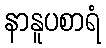
နာနူပစာရံ